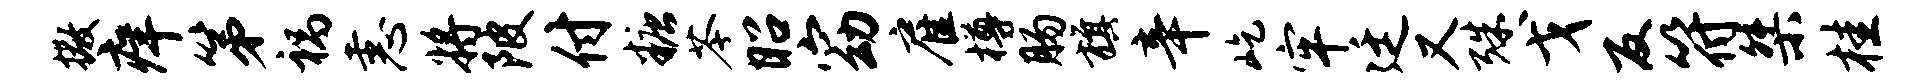
撒痒第祸恚将陂付糖苓昭窈雇樽肠旗辛屹牢廷又殊戈反符桀桂